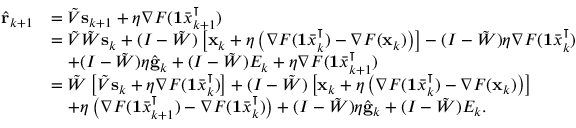
\begin{array} { r l } { \hat { \mathbf { r } } _ { k + 1 } } & { = \tilde { V } \mathbf { s } _ { k + 1 } + \eta \nabla F ( \mathbf { 1 } \bar { x } _ { k + 1 } ^ { \intercal } ) } \\ & { = \tilde { V } \tilde { W } \mathbf { s } _ { k } + ( I - \tilde { W } ) \left[ \mathbf { x } _ { k } + \eta \left( \nabla F ( \mathbf { 1 } \bar { x } _ { k } ^ { \intercal } ) - \nabla F ( \mathbf { x } _ { k } ) \right) \right] - ( I - \tilde { W } ) \eta \nabla F ( \mathbf { 1 } \bar { x } _ { k } ^ { \intercal } ) } \\ & { \quad + ( I - \tilde { W } ) \eta \hat { \mathbf { g } } _ { k } + ( I - \tilde { W } ) E _ { k } + \eta \nabla F ( \mathbf { 1 } \bar { x } _ { k + 1 } ^ { \intercal } ) } \\ & { = \tilde { W } \left[ \tilde { V } \mathbf { s } _ { k } + \eta \nabla F ( \mathbf { 1 } \bar { x } _ { k } ^ { \intercal } ) \right] + ( I - \tilde { W } ) \left[ \mathbf { x } _ { k } + \eta \left( \nabla F ( \mathbf { 1 } \bar { x } _ { k } ^ { \intercal } ) - \nabla F ( \mathbf { x } _ { k } ) \right) \right] } \\ & { \quad + \eta \left( \nabla F ( \mathbf { 1 } \bar { x } _ { k + 1 } ^ { \intercal } ) - \nabla F ( \mathbf { 1 } \bar { x } _ { k } ^ { \intercal } ) \right) + ( I - \tilde { W } ) \eta \hat { \mathbf { g } } _ { k } + ( I - \tilde { W } ) E _ { k } . } \end{array}